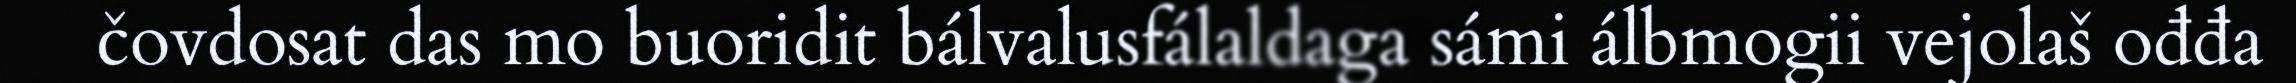
čovdosat das mo buoridit bálvalusfálaldaga sámi álbmogii vejolaš ođđa